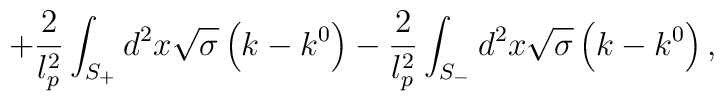
+\frac{2}{l_{p}^{2}}\int_{S_{+}}^{{}}d^{2}x\sqrt{\sigma }\left(k-k^{0}\right) -\frac{2}{l_{p}^{2}}\int_{S_{-}}d^{2}x\sqrt{\sigma }\left(k-k^{0}\right) ,